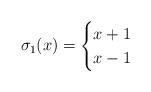
LaTeX: \begin{align*}\sigma_1(x) = \begin{cases}x+1 & \\x-1 & \end{cases}\end{align*}